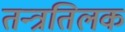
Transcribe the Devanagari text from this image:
तन्त्रतिलक